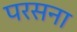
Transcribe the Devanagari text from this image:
परसना